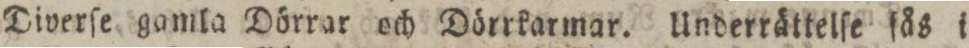
Diverſe gamla Dörrar och Dörrkarmar. Underrättelſe fås i